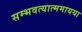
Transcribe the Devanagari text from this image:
सम्भवत्यात्ममायया